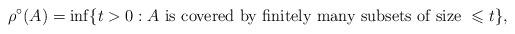
LaTeX: \begin{align*}\rho^{\circ}(A) = \inf\{ t > 0: A \mbox{ is covered by finitely many subsets of size } \leqslant t \}, \end{align*}